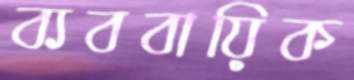
ব্যববায়িক